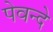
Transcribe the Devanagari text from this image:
पेवन्दे